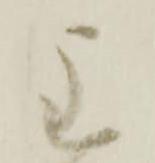
主